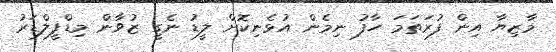
މާޒިޔާ އިން ފުރަތަމަ ހާފު ނިމެން އުޅެނިކޮށް ލީޑު ނެގީ ޒުވާން މިޑްފީލްޑަރު